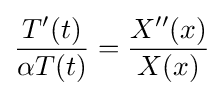
{\frac {T'(t)}{\alpha T(t)}}={\frac {X''(x)}{X(x)}}